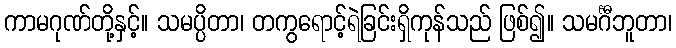
ကာမဂုဏ်တို့နှင့်။ သမပ္ပိတာ၊ တကွရောင့်ရဲခြင်းရှိကုန်သည် ဖြစ်၍။ သမင်္ဂီဘူတာ၊